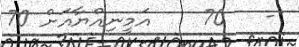
-   70    އަމީނިއްޔާއަށް 70